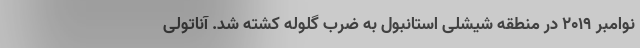
نوامبر 2019 در منطقه شیشلی استانبول به ضرب گلوله کشته شد. آناتولی